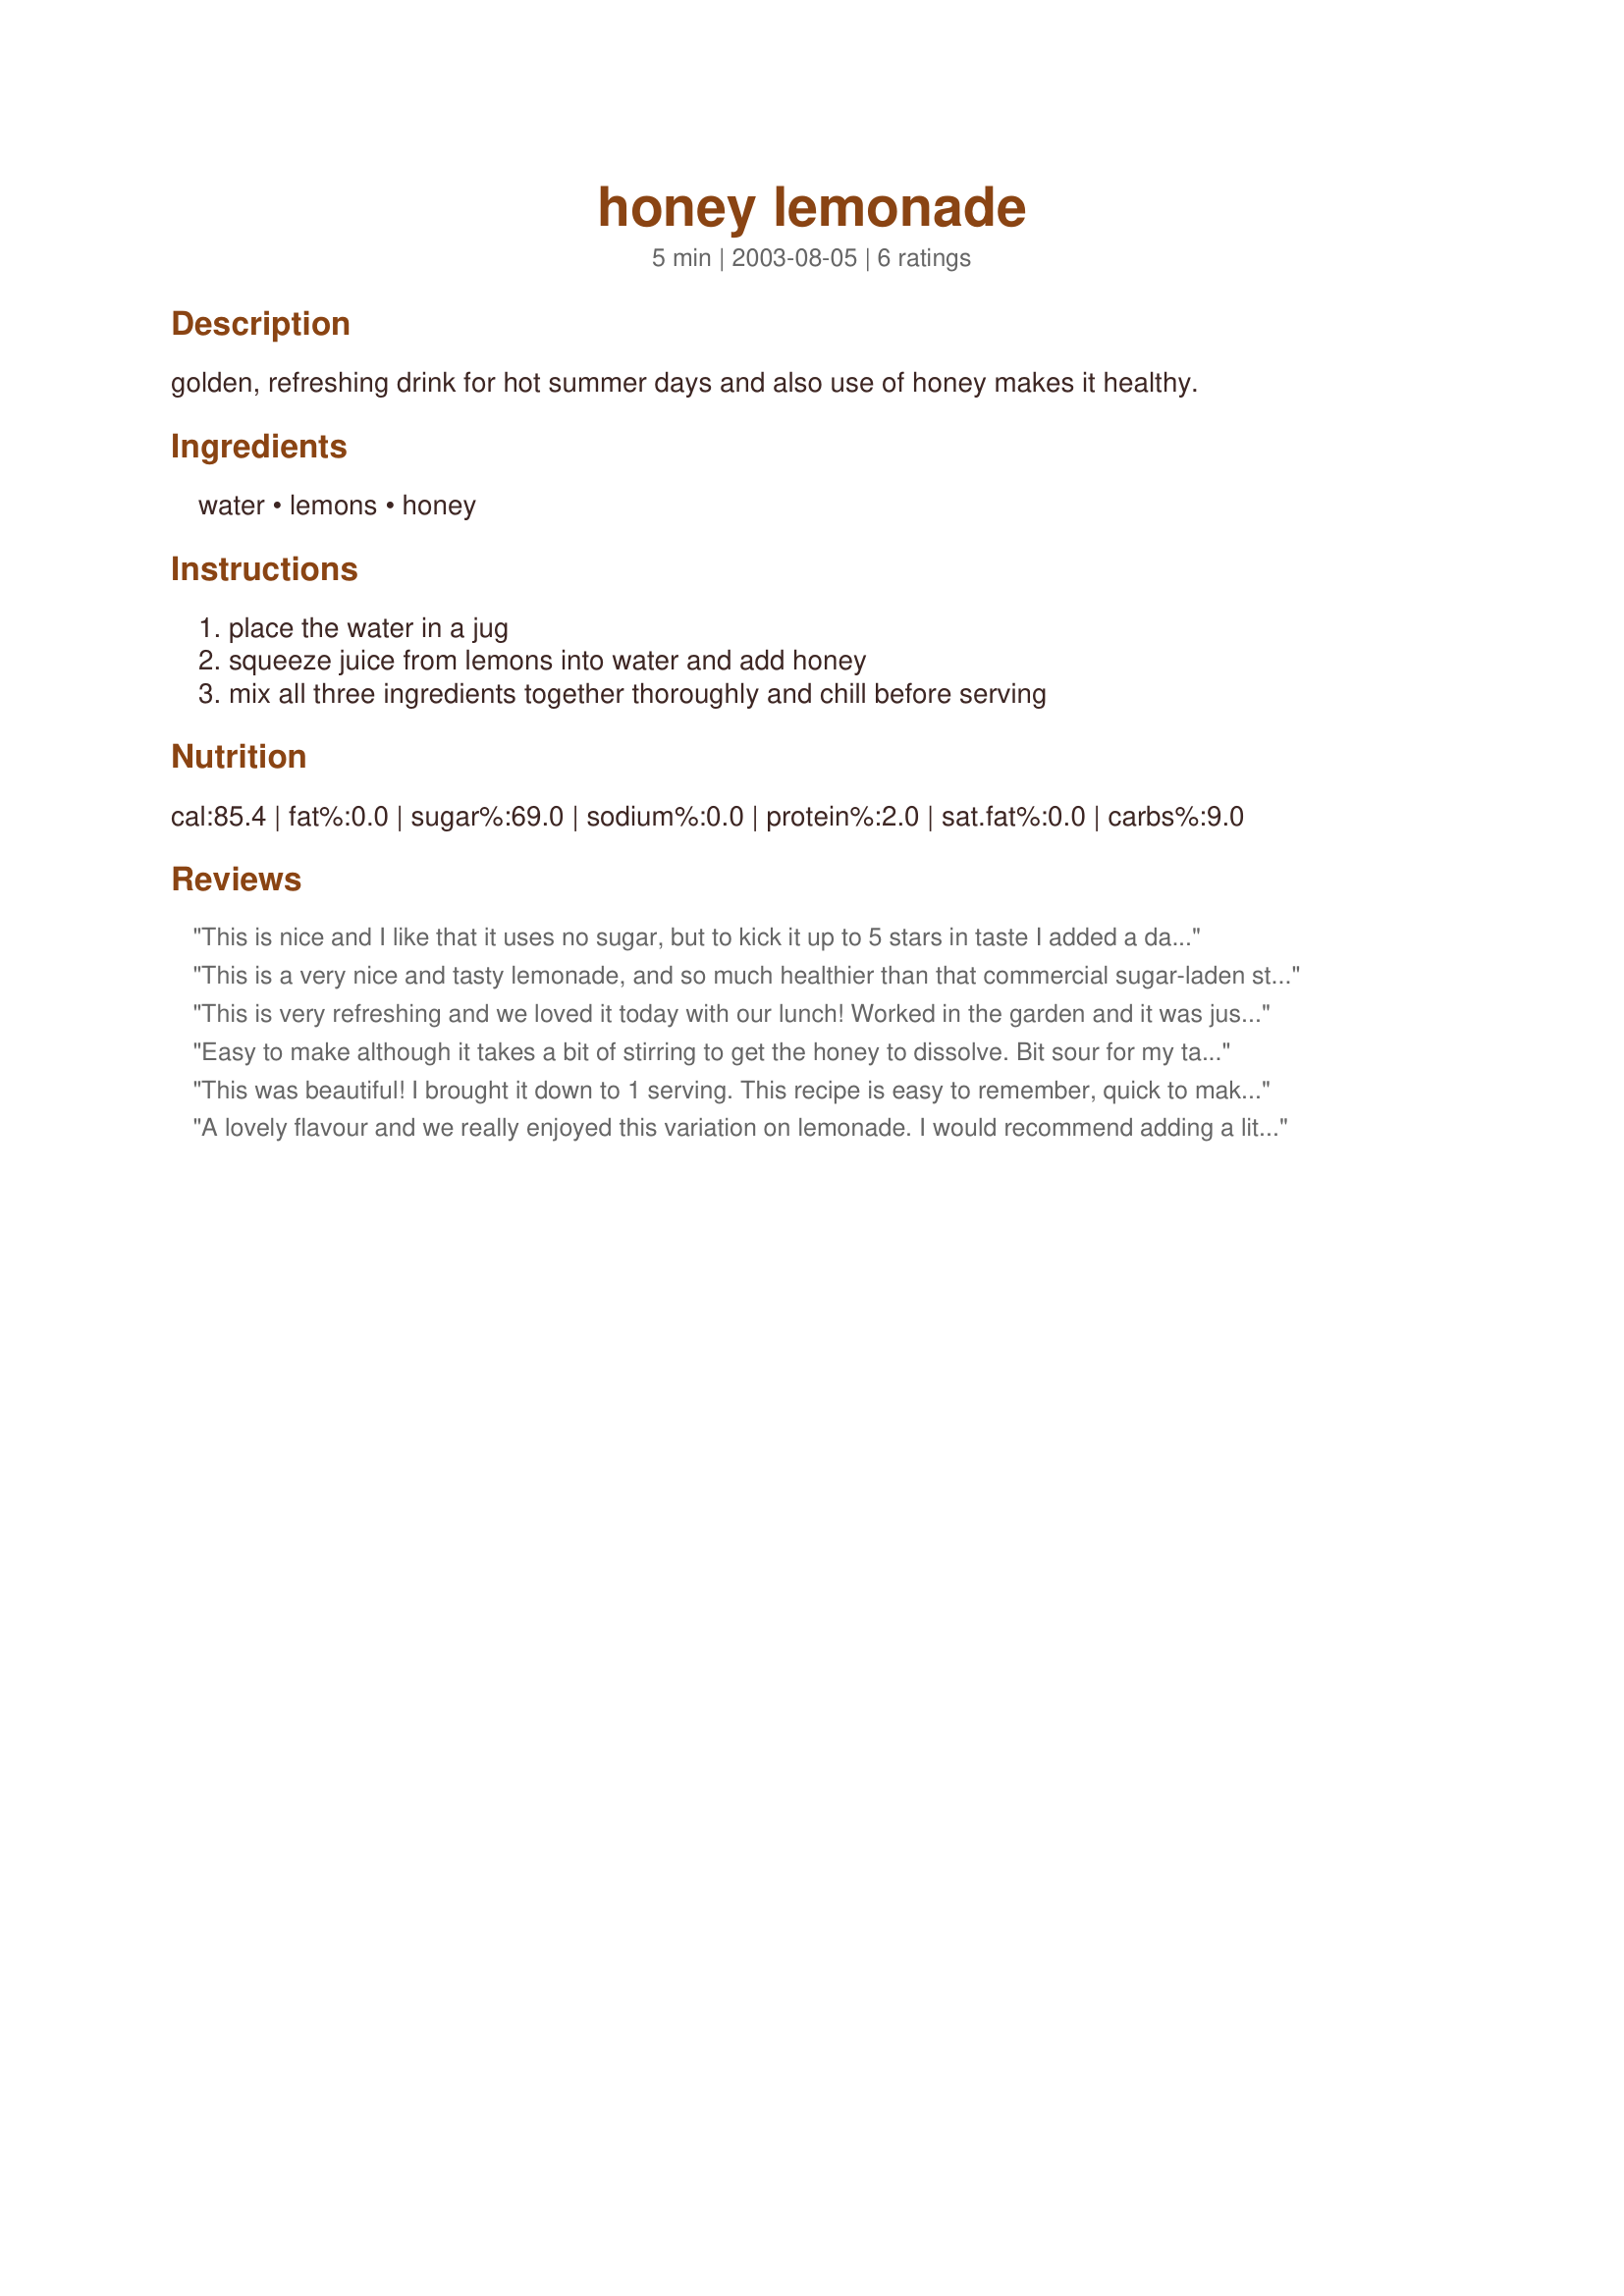
honey lemonade
Preparation time: 5 minutes

golden, refreshing drink for hot summer days and also use of honey makes it healthy.

Ingredients:
water, lemons, honey

Steps:
place the water in a jug, squeeze juice from lemons into water and add honey, mix all three ingredients together thoroughly and chill before serving

Reviews:
This is nice and I like that it uses no sugar, but to kick it up to 5 stars in taste I added a dash of orange blossom water to my serving which is really good.
This is a very nice and tasty lemonade, and so much healthier than that commercial sugar-laden stuff. My tip would be to not squeeze the lemons directly into the water as stated, especially if you have kids. Even if you remove the seeds you can see before you squeeze the lemons, you will still end up with seeds in your juice when you squeeze them. I just squeezed the juice into a measuring cup, removed the remaining seeds and then added juice to the jug. I will be making this again. Thanks for the recipe!
This is very refreshing and we loved it today with our lunch! Worked in the garden and it was just the thing to soothe our dry throats! Yummy
I did add a tad of sugar...guilty..but the honey didn't melt as easily as I hoped, so in went a tad of sugar!
The flavor was incredibly good!
Jelly :)
Easy to make although it takes a bit of stirring to get the honey to dissolve. Bit sour for my tastes but I'm sure there are plenty who will prefer it this way.
This was beautiful! I brought it down to 1 serving. This recipe is easy to remember, quick to make and tastes great! Thanks for an afternoon quickie:-) !
A lovely flavour and we really enjoyed this variation on lemonade. I would recommend adding a little hot water to the honey to soften it slightly before adding to the lemonade, to save some stirring! Thanks Goldcrest!
